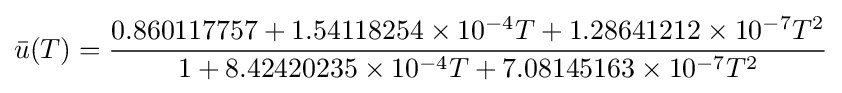
{\bar {u}}(T)={\frac {0.860117757+1.54118254\times 10^{-4}T+1.28641212\times 10^{-7}T^{2}}{1+8.42420235\times 10^{-4}T+7.08145163\times 10^{-7}T^{2}}}